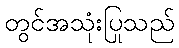
တွင်အသုံးပြုသည်